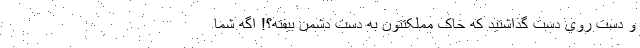
و دست روی دست گذاشتید که خاک مملکتتون به دست دشمن بیفته؟! اگه شما